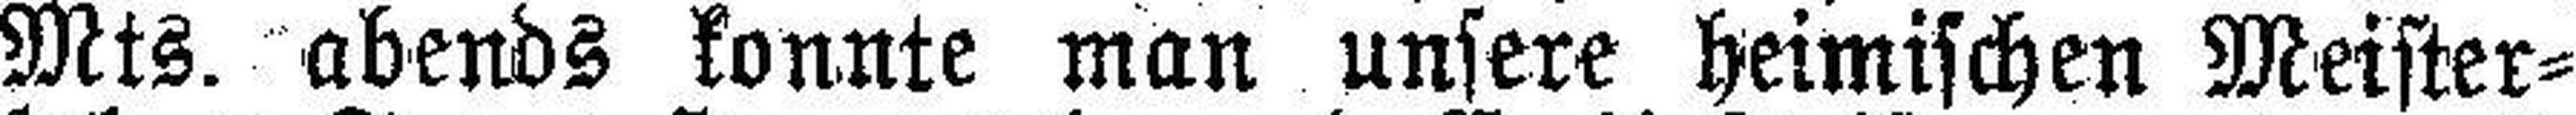
Mts. abends konnte man unsere heimischen Meister¬